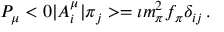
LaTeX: P _ { \mu } < 0 | A _ { i } ^ { \mu } | \pi _ { j } > = \imath m _ { \pi } ^ { 2 } f _ { \pi } \delta _ { i j } \, .